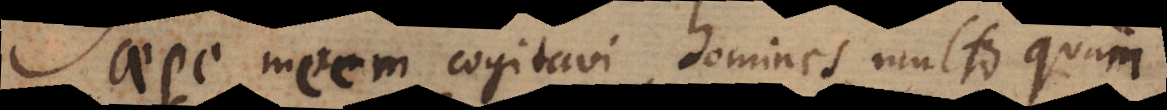
Saepe mecum cogitavi, homines multo quam